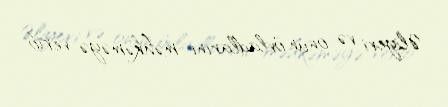
Əliyevi və onun övladlarını məhkəməyə verib.